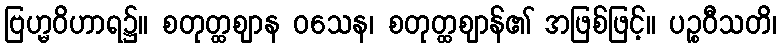
ဗြဟ္မဝိဟာရ၌။ စတုတ္ထဈာန ဝသေန၊ စတုတ္ထဈာန်၏ အဖြစ်ဖြင့်။ ပဉ္စဝီသတိ၊